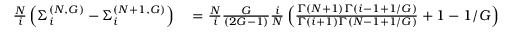
\begin{array} { r l } { \frac { N } { i } \left( \Sigma _ { i } ^ { ( N , G ) } - \Sigma _ { i } ^ { ( N + 1 , G ) } \right) } & { { } = \frac { N } { i } \frac { G } { \left( 2 G - 1 \right) } \frac { i } { N } \left( \frac { \Gamma \left( N + 1 \right) \Gamma \left( i - 1 + 1 / G \right) } { \Gamma \left( i + 1 \right) \Gamma \left( N - 1 + 1 / G \right) } + 1 - 1 / G \right) } \end{array}